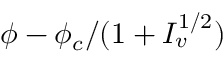
\phi - \phi _ { c } / ( 1 + I _ { v } ^ { 1 / 2 } )